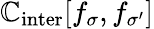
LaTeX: \mathbb{C}_{\mathrm{{inter}}}[f_{\sigma},f_{\sigma^{\prime}}]